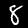
Digit: 8